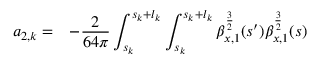
\begin{array} { c l } { \displaystyle a _ { 2 , k } = } & { \displaystyle - \frac { 2 } { 6 4 \pi } \int _ { s _ { k } } ^ { s _ { k } + l _ { k } } { \int _ { s _ { k } } ^ { s _ { k } + l _ { k } } { \beta _ { x , 1 } ^ { \frac { 3 } { 2 } } ( s ^ { \prime } ) \beta _ { x , 1 } ^ { \frac { 3 } { 2 } } ( s ) } } } \end{array}